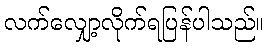
လက်လျှော့လိုက်ရပြန်ပါသည်။